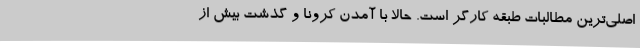
اصلی‌ترین مطالبات طبقه کارگر است. حالا با آمدن کرونا و گذشت بیش از